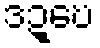
ဒဍ္ဎေ